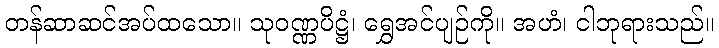
တန်ဆာဆင်အပ်ထသော။ သုဝဏ္ဏပိဋ္ဌံ၊ ရွှေအင်ပျဉ်ကို။ အဟံ၊ ငါဘုရားသည်။